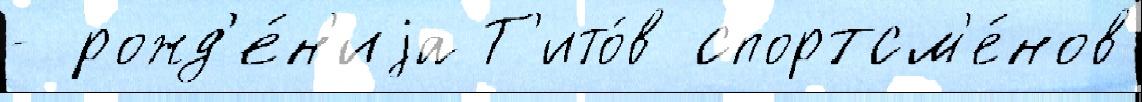
- рожд'е́н'иjа Т'ито́в спортсм'е́нов